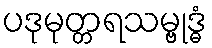
ပဒုမုတ္တရသမ္ဗုဒ္ဓံ